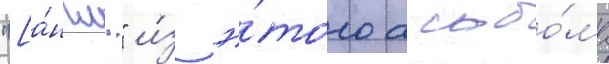
"[а́нгл." и́з э́того альбо́ма